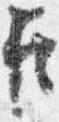
臣